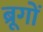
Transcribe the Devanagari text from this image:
ब्रूगों